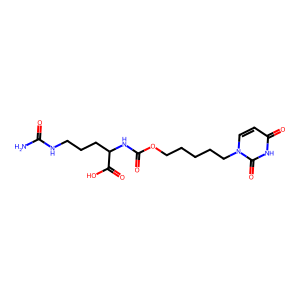
SMILES: NC(=O)NCCCC(NC(=O)OCCCCCn1ccc(=O)[nH]c1=O)C(=O)O
Inhibits HIV replication: No